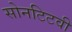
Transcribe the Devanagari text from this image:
सोनटिटवी